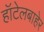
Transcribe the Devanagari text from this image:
हॉटेलबाहेर